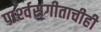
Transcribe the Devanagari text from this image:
पार्श्‍वसंगीताचीही